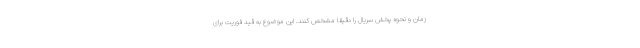
زمان و نحوه پخش سریال را دقیقا مشخص کنند. این موضوع به قید فوریت برای